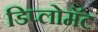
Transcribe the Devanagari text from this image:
डिप्लोमॅट